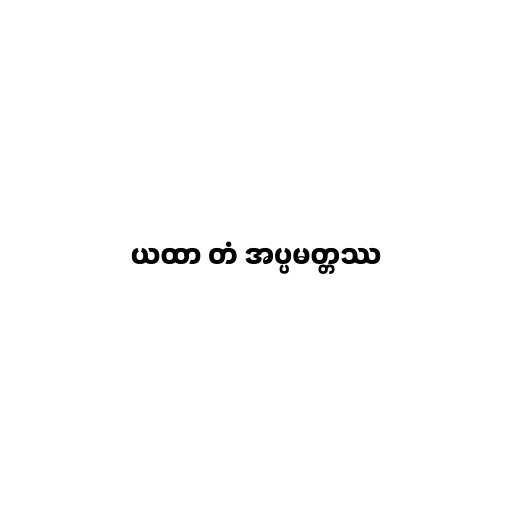
ယထာ တံ အပ္ပမတ္တဿ